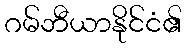
ဂမ်ဘီယာနိုင်ငံ၏